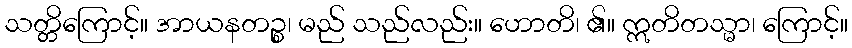
သတ္တိကြောင့်။ အာယနတဉ္စ၊ မည် သည်လည်း။ ဟောတိ၊ ၏။ ဣတိတသ္မာ၊ ကြောင့်။